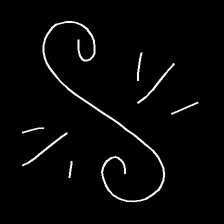
Glyph: wind-directs-air